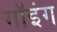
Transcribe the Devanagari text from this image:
गॉइंग